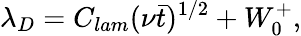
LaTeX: \lambda_{D}=C_{lam}(\nu\bar{t})^{1/2}+W_{0}^{+},